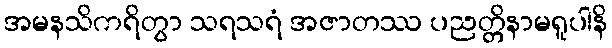
အမနသိကရိတွာ သရသရံ အဇာတဿ ပညတ္တိနာမရူပါနိ